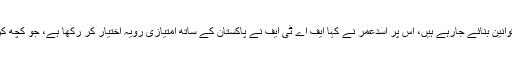
رکن کمیٹی عائشہ غوث پاشا نے کہا ایف اے ٹی ایف کی آڑ میں سخت قوانین بنائے جارہے ہیں، اس پر اسدعمر نے کہا ایف اے ٹی ایف نے پاکستان کے ساتھ امتیازی رویہ اختیار کر رکھا ہے، جو کچھ کرنے کیلئے پاکستان کو کہا جارہا ہے کسی اور ملک کو نہیں کہا جارہا۔